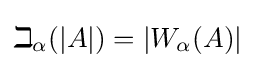
\beth _{\alpha }(|A|)=|W_{\alpha }(A)|